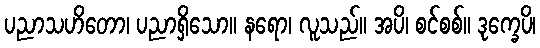
ပညာသဟိတော၊ ပညာရှိသော။ နရော၊ လူသည်။ အပိ၊ စင်စစ်။ ဒုက္ခေပိ၊